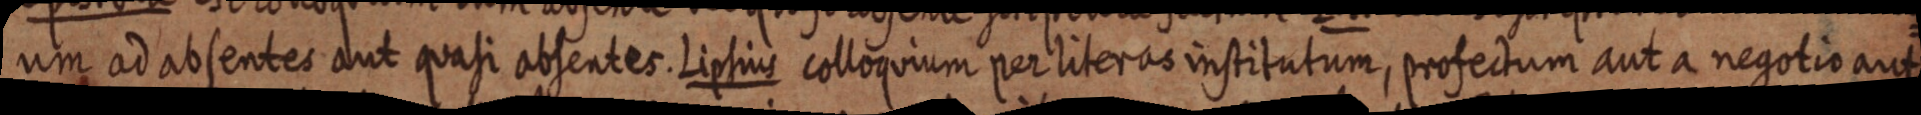
um ad absentet aut quasi absentes. Lipsius colloquium per literas institutum, profectum aut a negotio aut